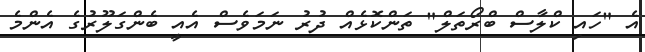
އެ "ހައި ކްލާސް ބްރޯތަލް" ތަންކޮޅެއް ދުރު ނަމަވެސް އެއީ ބެންގަލޫރުގެ އެންމެ